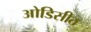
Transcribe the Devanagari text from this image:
ओडिसीत